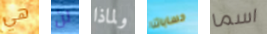
هي لن ولماذا حساباتنا اسما